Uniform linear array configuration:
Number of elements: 8
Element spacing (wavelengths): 0.5
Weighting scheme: cosine
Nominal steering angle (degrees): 30
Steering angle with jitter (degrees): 28.381
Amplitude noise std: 0.05
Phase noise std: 0.05

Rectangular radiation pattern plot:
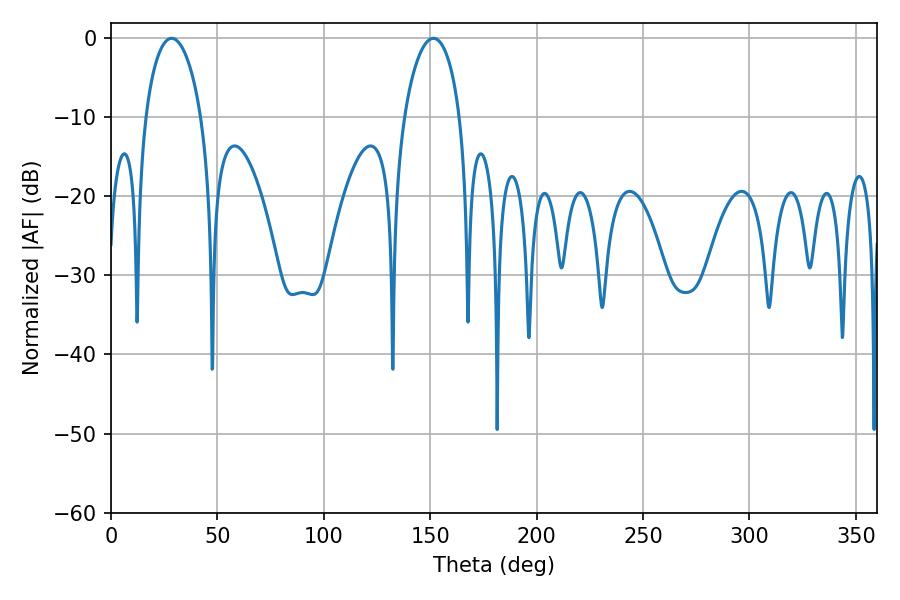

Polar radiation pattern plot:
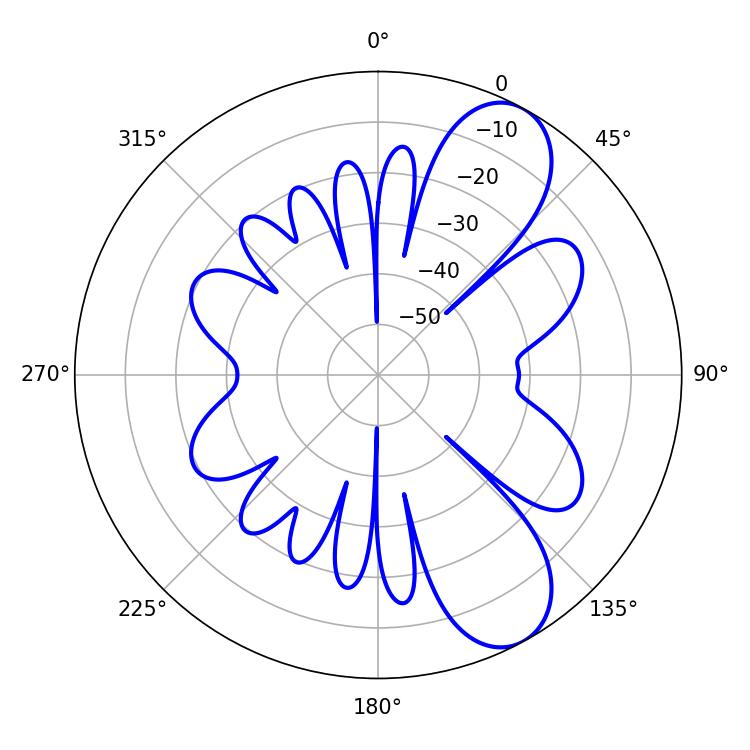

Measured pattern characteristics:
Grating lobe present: FALSE
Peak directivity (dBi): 8.678
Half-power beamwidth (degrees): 14.94
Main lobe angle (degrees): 28.44